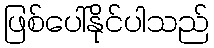
ဖြစ်ပေါ်နိုင်ပါသည်